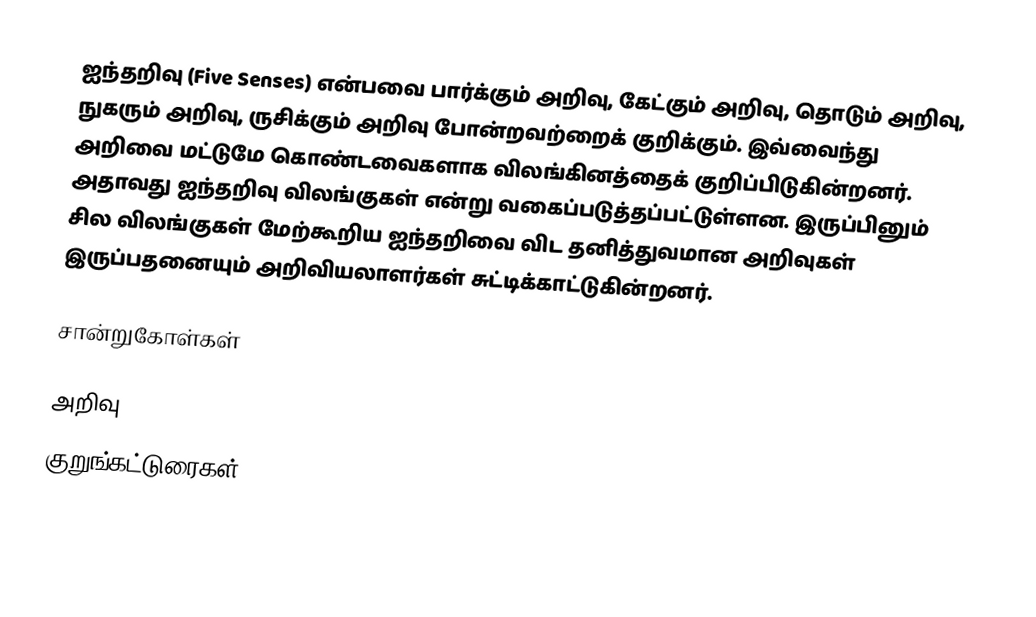
ஐந்தறிவு (Five Senses) என்பவை பார்க்கும் அறிவு, கேட்கும் அறிவு, தொடும் அறிவு, நுகரும் அறிவு, ருசிக்கும் அறிவு போன்றவற்றைக் குறிக்கும். இவ்வைந்து அறிவை மட்டுமே கொண்டவைகளாக விலங்கினத்தைக் குறிப்பிடுகின்றனர். அதாவது ஐந்தறிவு விலங்குகள் என்று வகைப்படுத்தப்பட்டுள்ளன. இருப்பினும் சில விலங்குகள் மேற்கூறிய ஐந்தறிவை விட தனித்துவமான அறிவுகள் இருப்பதனையும் அறிவியலாளர்கள் சுட்டிக்காட்டுகின்றனர்.

சான்றுகோள்கள்

அறிவு
குறுங்கட்டுரைகள்